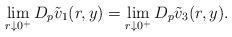
LaTeX: \begin{align*}\lim_{r \downarrow 0^+} D_p\tilde{v}_1(r,y) = \lim_{r \downarrow 0^+}D_p\tilde{v}_3(r,y).\end{align*}